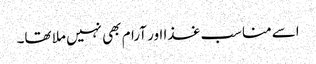
اسے مناسب غذا اور آرام بھی نہیں ملا تھا۔